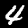
Digit: 4